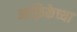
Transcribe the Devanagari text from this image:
आफ़्रिकेच्या